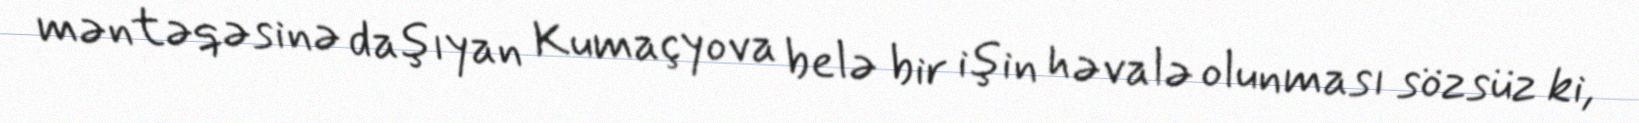
məntəqəsinə daşıyan Kumaçyova belə bir işin həvalə olunması sözsüz ki,